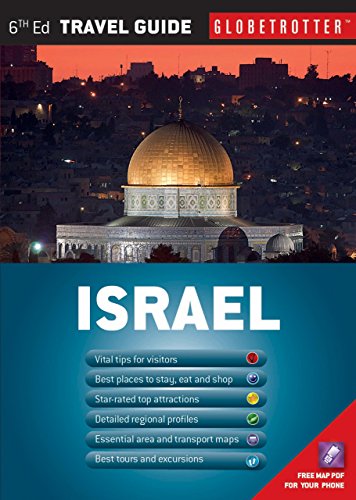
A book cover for Israel Travel Pack (Globetrotter Travel Packs); Sue Bryant; Travel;